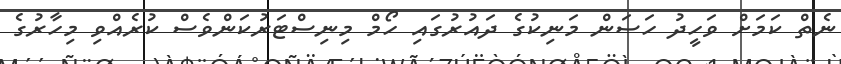
ނެތް ކަމަށް ވަހީދު ހަސަން މަނިކުގެ ދައުރުގައި ހޯމް މިނިސްޓަރުކަންވެސް ކުރެއްވި މިހާރުގެ